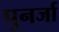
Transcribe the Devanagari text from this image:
पुनर्जा